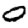
Digit: 0